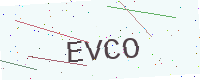
Text: EVCO